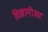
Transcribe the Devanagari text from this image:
विज्ञानीओ